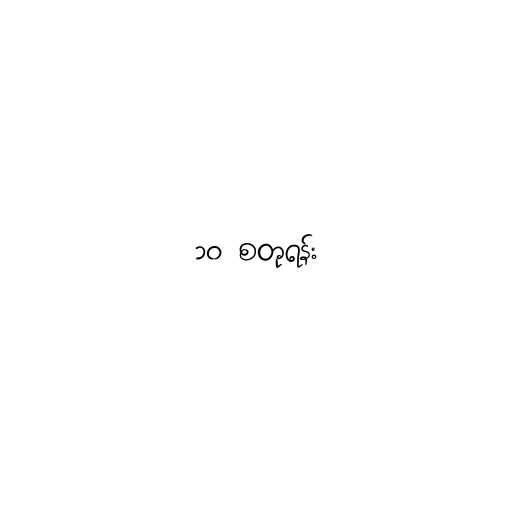
၁၀ စတုရန်း